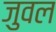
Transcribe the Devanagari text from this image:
जुवल